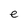
Character: e